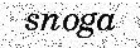
snoga